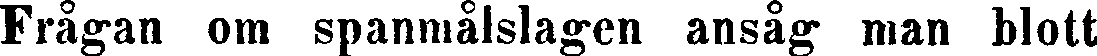
Frågan om spanmålslagen ansåg man blott